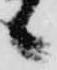
候